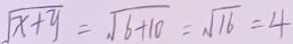
\sqrt { x + y } = \sqrt { 6 + 1 0 } = \sqrt { 1 6 } = 4